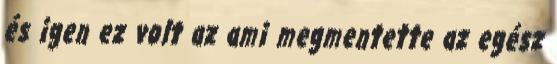
és igen ez volt az ami megmentette az egész